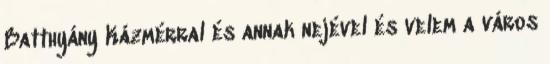
Batthyány Kázmérral és annak nejével és velem a város